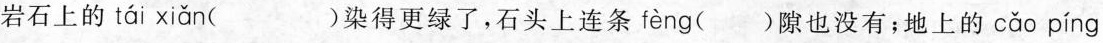
岩石上的 tái xiǎn ( )染得更绿了，石头上连条 fèng ( )隙也没有；地上的 cǎo píng